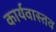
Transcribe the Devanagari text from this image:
कार्यवास्तव